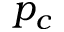
p _ { c }